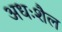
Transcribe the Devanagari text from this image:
अधःशैल